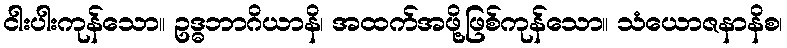
ငါးပါးကုန်သော။ ဥဒ္ဓဘာဂိယာနိ၊ အထက်အဖို့ဖြစ်ကုန်သော။ သံယောဇနာနိစ၊